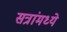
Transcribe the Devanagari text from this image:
सत्रांमध्ये